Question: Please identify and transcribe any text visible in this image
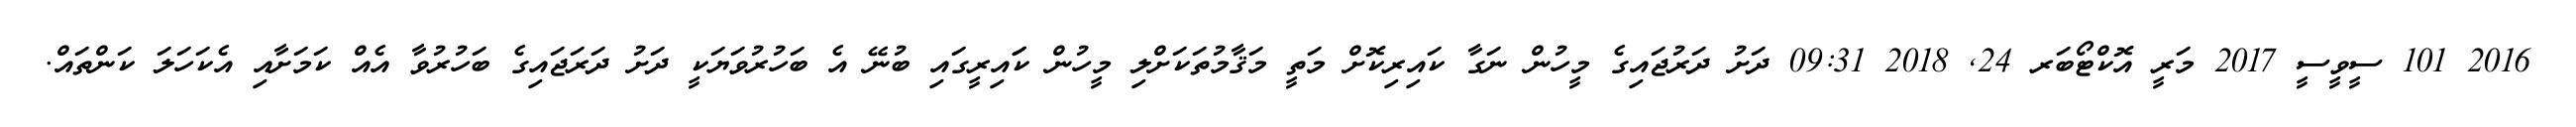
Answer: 2016 101 ސީވީސީ 2017 މަރީ އޮކްޓޯބަރ 24, 2018 09:31 ދަށު ދަރުޖައިގެ މީހުން ނަގާ ކައިރިކޮށް މަތީ މަޤާމުތަކަށްލި މީހުން ކަައިރީގައި ބުނޭ އެ ބަހުރުވަޔަކީ ދަށު ދަރަޖައިގެ ބަހުރުވާ އެއް ކަމަށާއި އެކަހަލަ ކަންތައް.